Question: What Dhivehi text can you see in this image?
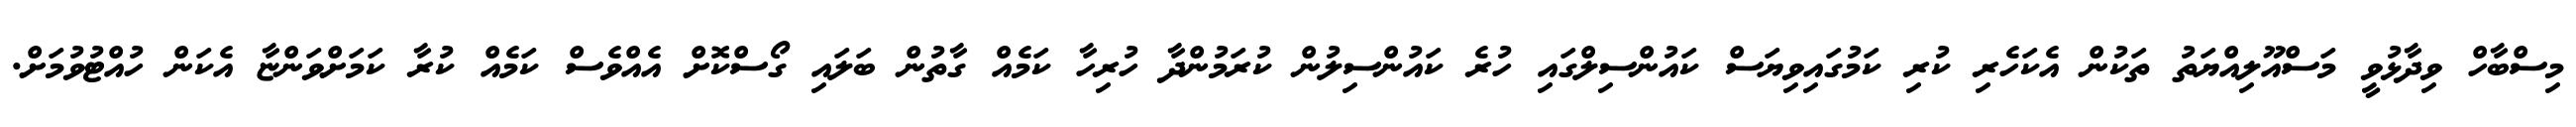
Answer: މިސްބާހް ވިދާޅުވީ މަސްއޫލިއްޔަތު ތަކުން އެކަހެރި ކުރި ކަމުގައިވިޔަސް ކައުންސިލްގައި ހުރެ ކައުންސިލުން ކުރަމުންދާ ހުރިހާ ކަމެއް ގާތުން ބަލައި ގޯސްކޮށް އެއްވެސް ކަމެއް ކުރާ ކަމަށްވަންޏާ އެކަން ހުއްޓުވުމަށް.